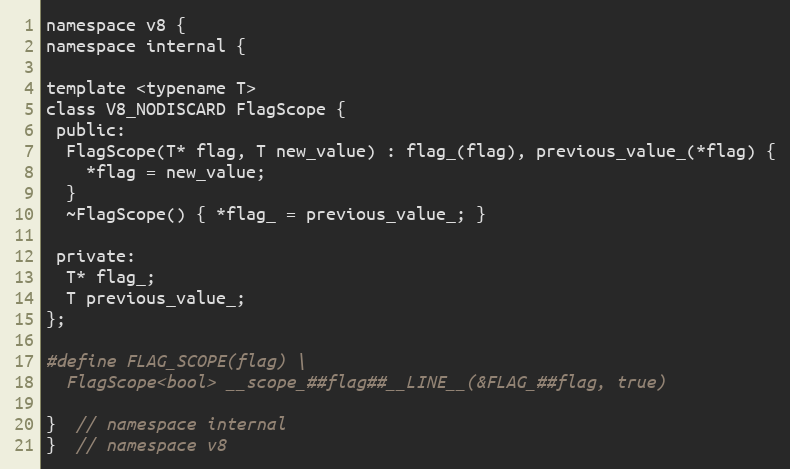
Language: C
namespace v8 {
namespace internal {

template <typename T>
class V8_NODISCARD FlagScope {
 public:
  FlagScope(T* flag, T new_value) : flag_(flag), previous_value_(*flag) {
    *flag = new_value;
  }
  ~FlagScope() { *flag_ = previous_value_; }

 private:
  T* flag_;
  T previous_value_;
};

#define FLAG_SCOPE(flag) \
  FlagScope<bool> __scope_##flag##__LINE__(&FLAG_##flag, true)

}  // namespace internal
}  // namespace v8